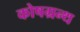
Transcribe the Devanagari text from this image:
कोषग्रन्थ